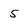
Character: 5